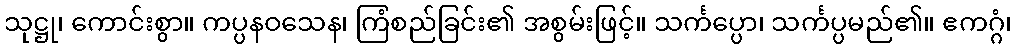
သုဋ္ဌု၊ ကောင်းစွာ။ ကပ္ပနဝသေန၊ ကြံစည်ခြင်း၏ အစွမ်းဖြင့်။ သင်္ကပ္ပော၊ သင်္ကပ္ပမည်၏။ ဧကဂ္ဂံ၊